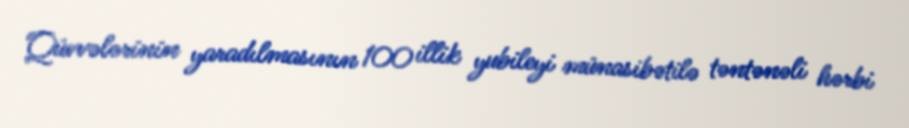
Qüvvələrinin yaradılmasının 100 illik yubileyi münasibətilə təntənəli hərbi